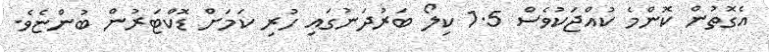
އެގޮތުން ކޮންމެ ކުއްޖަކުވެސް 1.5 ކިލޯ ބަރުދަނުގައި ހުރި ކަމަށް ޑޮކްޓަރުން ބުންޏެވެ.